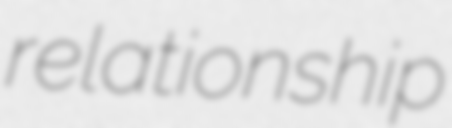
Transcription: relationship